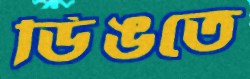
ডিঙতে